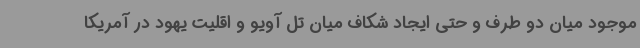
موجود میان دو طرف و حتی ایجاد شکاف میان تل آویو و اقلیت یهود در آمریکا